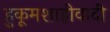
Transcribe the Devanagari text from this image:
हुकूमशाहीवादी